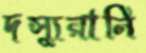
দস্যুরানি